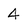
Character: 4